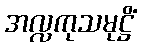
အလ္လကုသမုဋ္ဌိံ